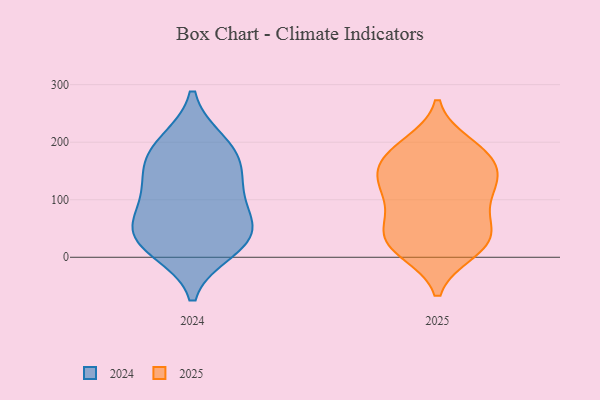
{"axis": {"x": "LTV (USD)", "y": "Value"}, "legend": ["2024", "2025"], "data": [{"x": "", "y": 84, "type": "2025"}, {"x": "", "y": 11, "type": "2025"}, {"x": "", "y": 160, "type": "2025"}, {"x": "", "y": 23, "type": "2025"}, {"x": "", "y": 116, "type": "2025"}, {"x": "", "y": 35, "type": "2025"}, {"x": "", "y": 62, "type": "2025"}, {"x": "", "y": 143, "type": "2025"}, {"x": "", "y": 167, "type": "2025"}, {"x": "", "y": 34, "type": "2025"}, {"x": "", "y": 10, "type": "2025"}, {"x": "", "y": 120, "type": "2025"}, {"x": "", "y": 189, "type": "2025"}, {"x": "", "y": 196, "type": "2025"}, {"x": "", "y": 114, "type": "2025"}, {"x": "", "y": 49, "type": "2025"}, {"x": "", "y": 183, "type": "2025"}, {"x": "", "y": 141, "type": "2025"}, {"x": "", "y": 61, "type": "2024"}, {"x": "", "y": 199, "type": "2024"}, {"x": "", "y": 154, "type": "2024"}, {"x": "", "y": 29, "type": "2024"}, {"x": "", "y": 111, "type": "2024"}, {"x": "", "y": 157, "type": "2024"}, {"x": "", "y": 40, "type": "2024"}, {"x": "", "y": 36, "type": "2024"}, {"x": "", "y": 191, "type": "2024"}, {"x": "", "y": 14, "type": "2024"}, {"x": "", "y": 97, "type": "2024"}]}